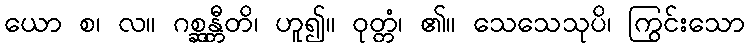
ယော စ၊ လ။ ဂစ္ဆန္တီတိ၊ ဟူ၍။ ဝုတ္တံ၊ ၏။ သေသေသုပိ၊ ကြွင်းသော